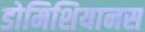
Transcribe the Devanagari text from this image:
डोमिशियानस